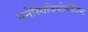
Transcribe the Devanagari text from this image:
एनेस्थिजियोलॉजिस्ट